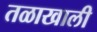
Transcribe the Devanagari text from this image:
तळाखाली